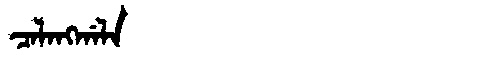
Manchu: ᠴᠠᠯᠠᠩᡤᠠᠯᠠ
Romanization: CALANGGALA